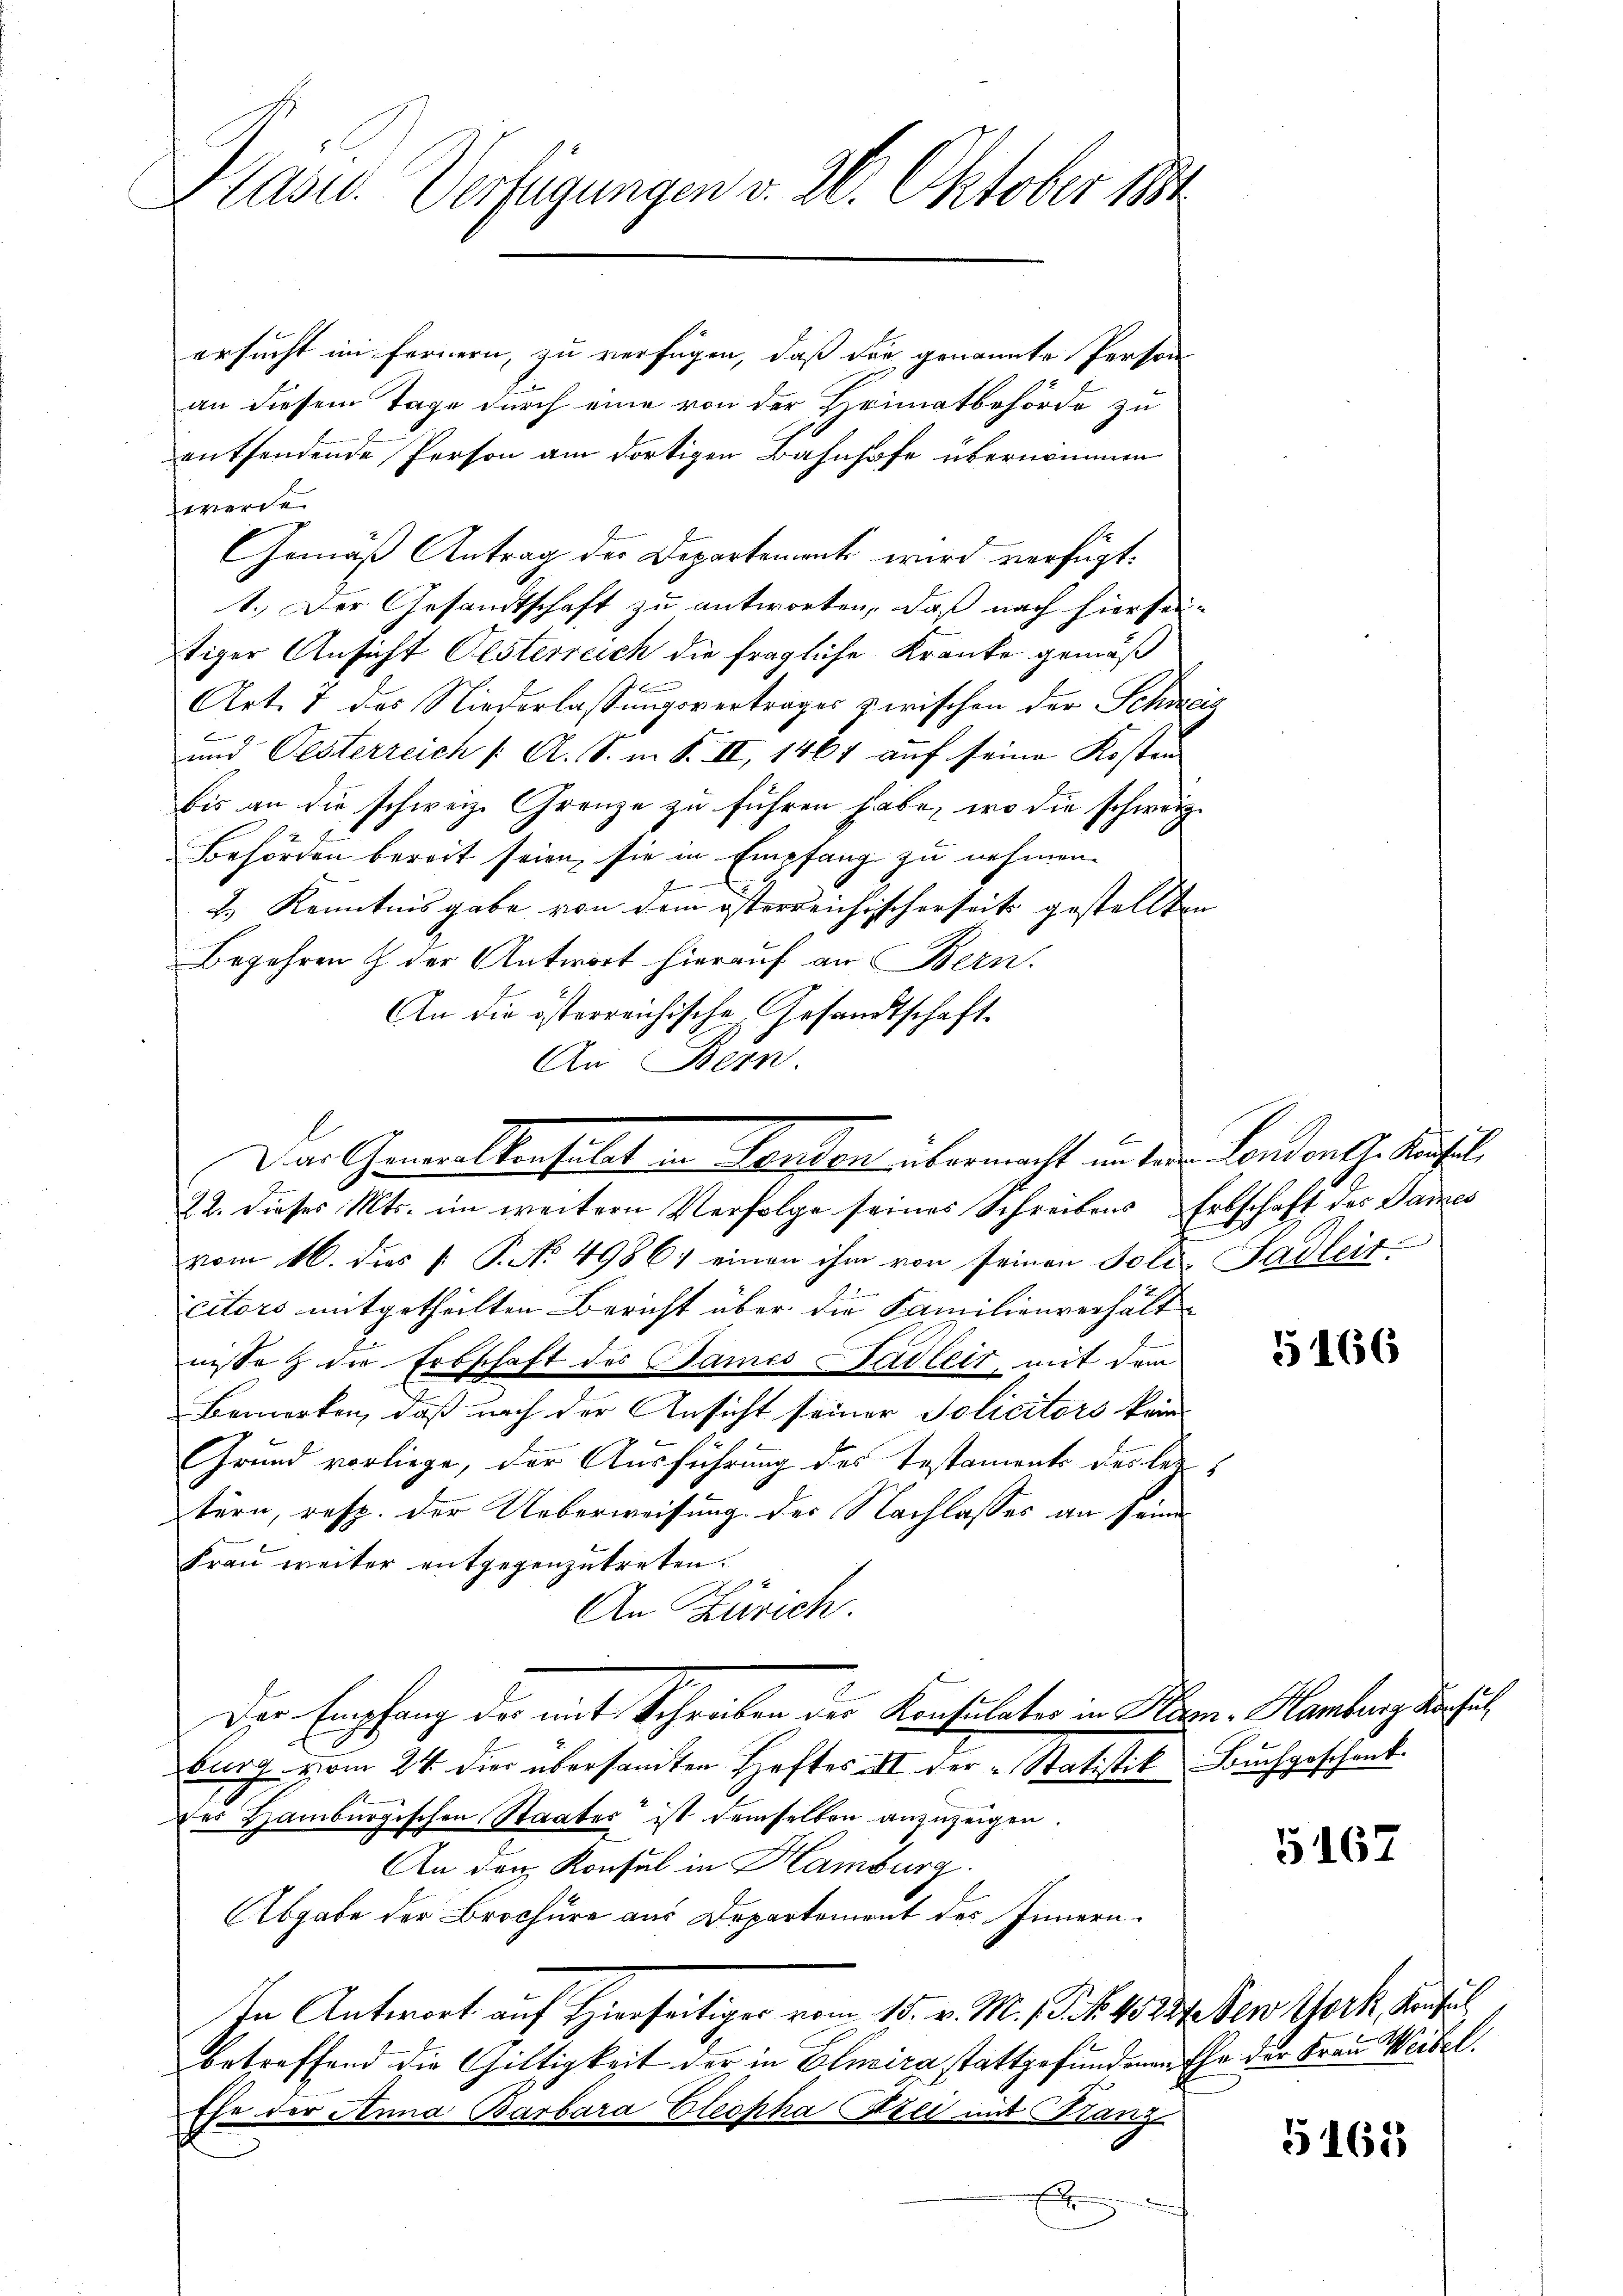
Präsid. Verfügungen v. 2. Oktober 184

ersucht im fernern, zu verfügen, daß die genannte Person
an diesem Tage durch eine von der Heimatbehörde zu
entsendende Person am dortigen Bahnhofe übernommen
werde
Gemäß Antrag des Departement wird verfügt:
1.) Der Gesandtschaft zu antworten, daß nach hiersen-
tiger Ansicht Oesterreich die fragliche Kranke gemäß
Art. 7 des Niederlassungsvertrages zwischen der Schineig
und Oesterreich /: A. S. i S. II, 1467 auf seine Kosten
bis an die schweiz. Grenze zu führen habe, wo die schwerze
Behörden bereit seien, sie in Empfang zu nehmen.
f
2.) Kenntnisgabe von dem österreichischerseit gestellten
Begehren & der Antwort hierauf an Bern.
An die österreichische Gesandtschaft
An Bern.
22. dieses Mts. im weitern Verfolge seines Schreibens Erbschaft des James
vom 16. dies P. P. No. 4986) einen ihm von seinen Poli-Sadleitcitors mitgetheilten Bericht über die Familienverhältnisse & die Erbschaft des Sames Stadler, mit dem
Bemerken, daß nach der Ansicht seiner Policitors kein
Grund vorliege, der Ausführung des Testaments der leitern, resp. der Ueberweisung des Nachlasses an seine
Frau weiter entgegenzutreten.
An Zürich.
Der Empfang der mit Schreiben der Konsulater in Bern. Hamburg der st
burg vom 24. dies übersandten Heftes III der Statistik Buchgeschenk
Der Hamburgischen Staates ist demselben anzuzeigen.
An den Konsul in Hamburg.
Abgabe der Brochüre aus Departemont des Innern
In Antwort auf Hierseitiger vom 15. v. M. f. 40. 234. Den York, Konsul
betreffend die Gültigkeit der in Elnica stattgefundenen Ehe der Frau Weibel.
Ehe der Anna Barbara Eleopha Szli mit Stanz
H

Der Gemeistensilet u. Landen übermacht in der London. Aufl

166

167

5161